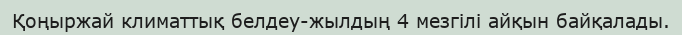
Қоңыржай климаттық белдеу-жылдың 4 мезгілі айқын байқалады.